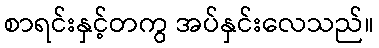
စာရင်းနှင့်တကွ အပ်နှင်းလေသည်။